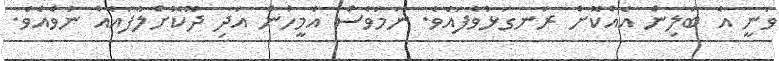
ވަނީ އެ ބަލިން އެއްކޮށް ރަނގަޅުވެފައެވެ. ނަމަވެސް އެމީހުން އަދި ދޫކޮށްލާފައެއް ނުވެއެވެ.